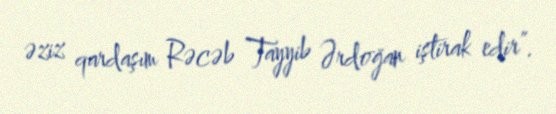
əziz qardaşım Rəcəb Tayyib Ərdoğan iştirak edir”.